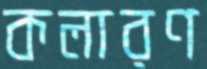
কলারণ